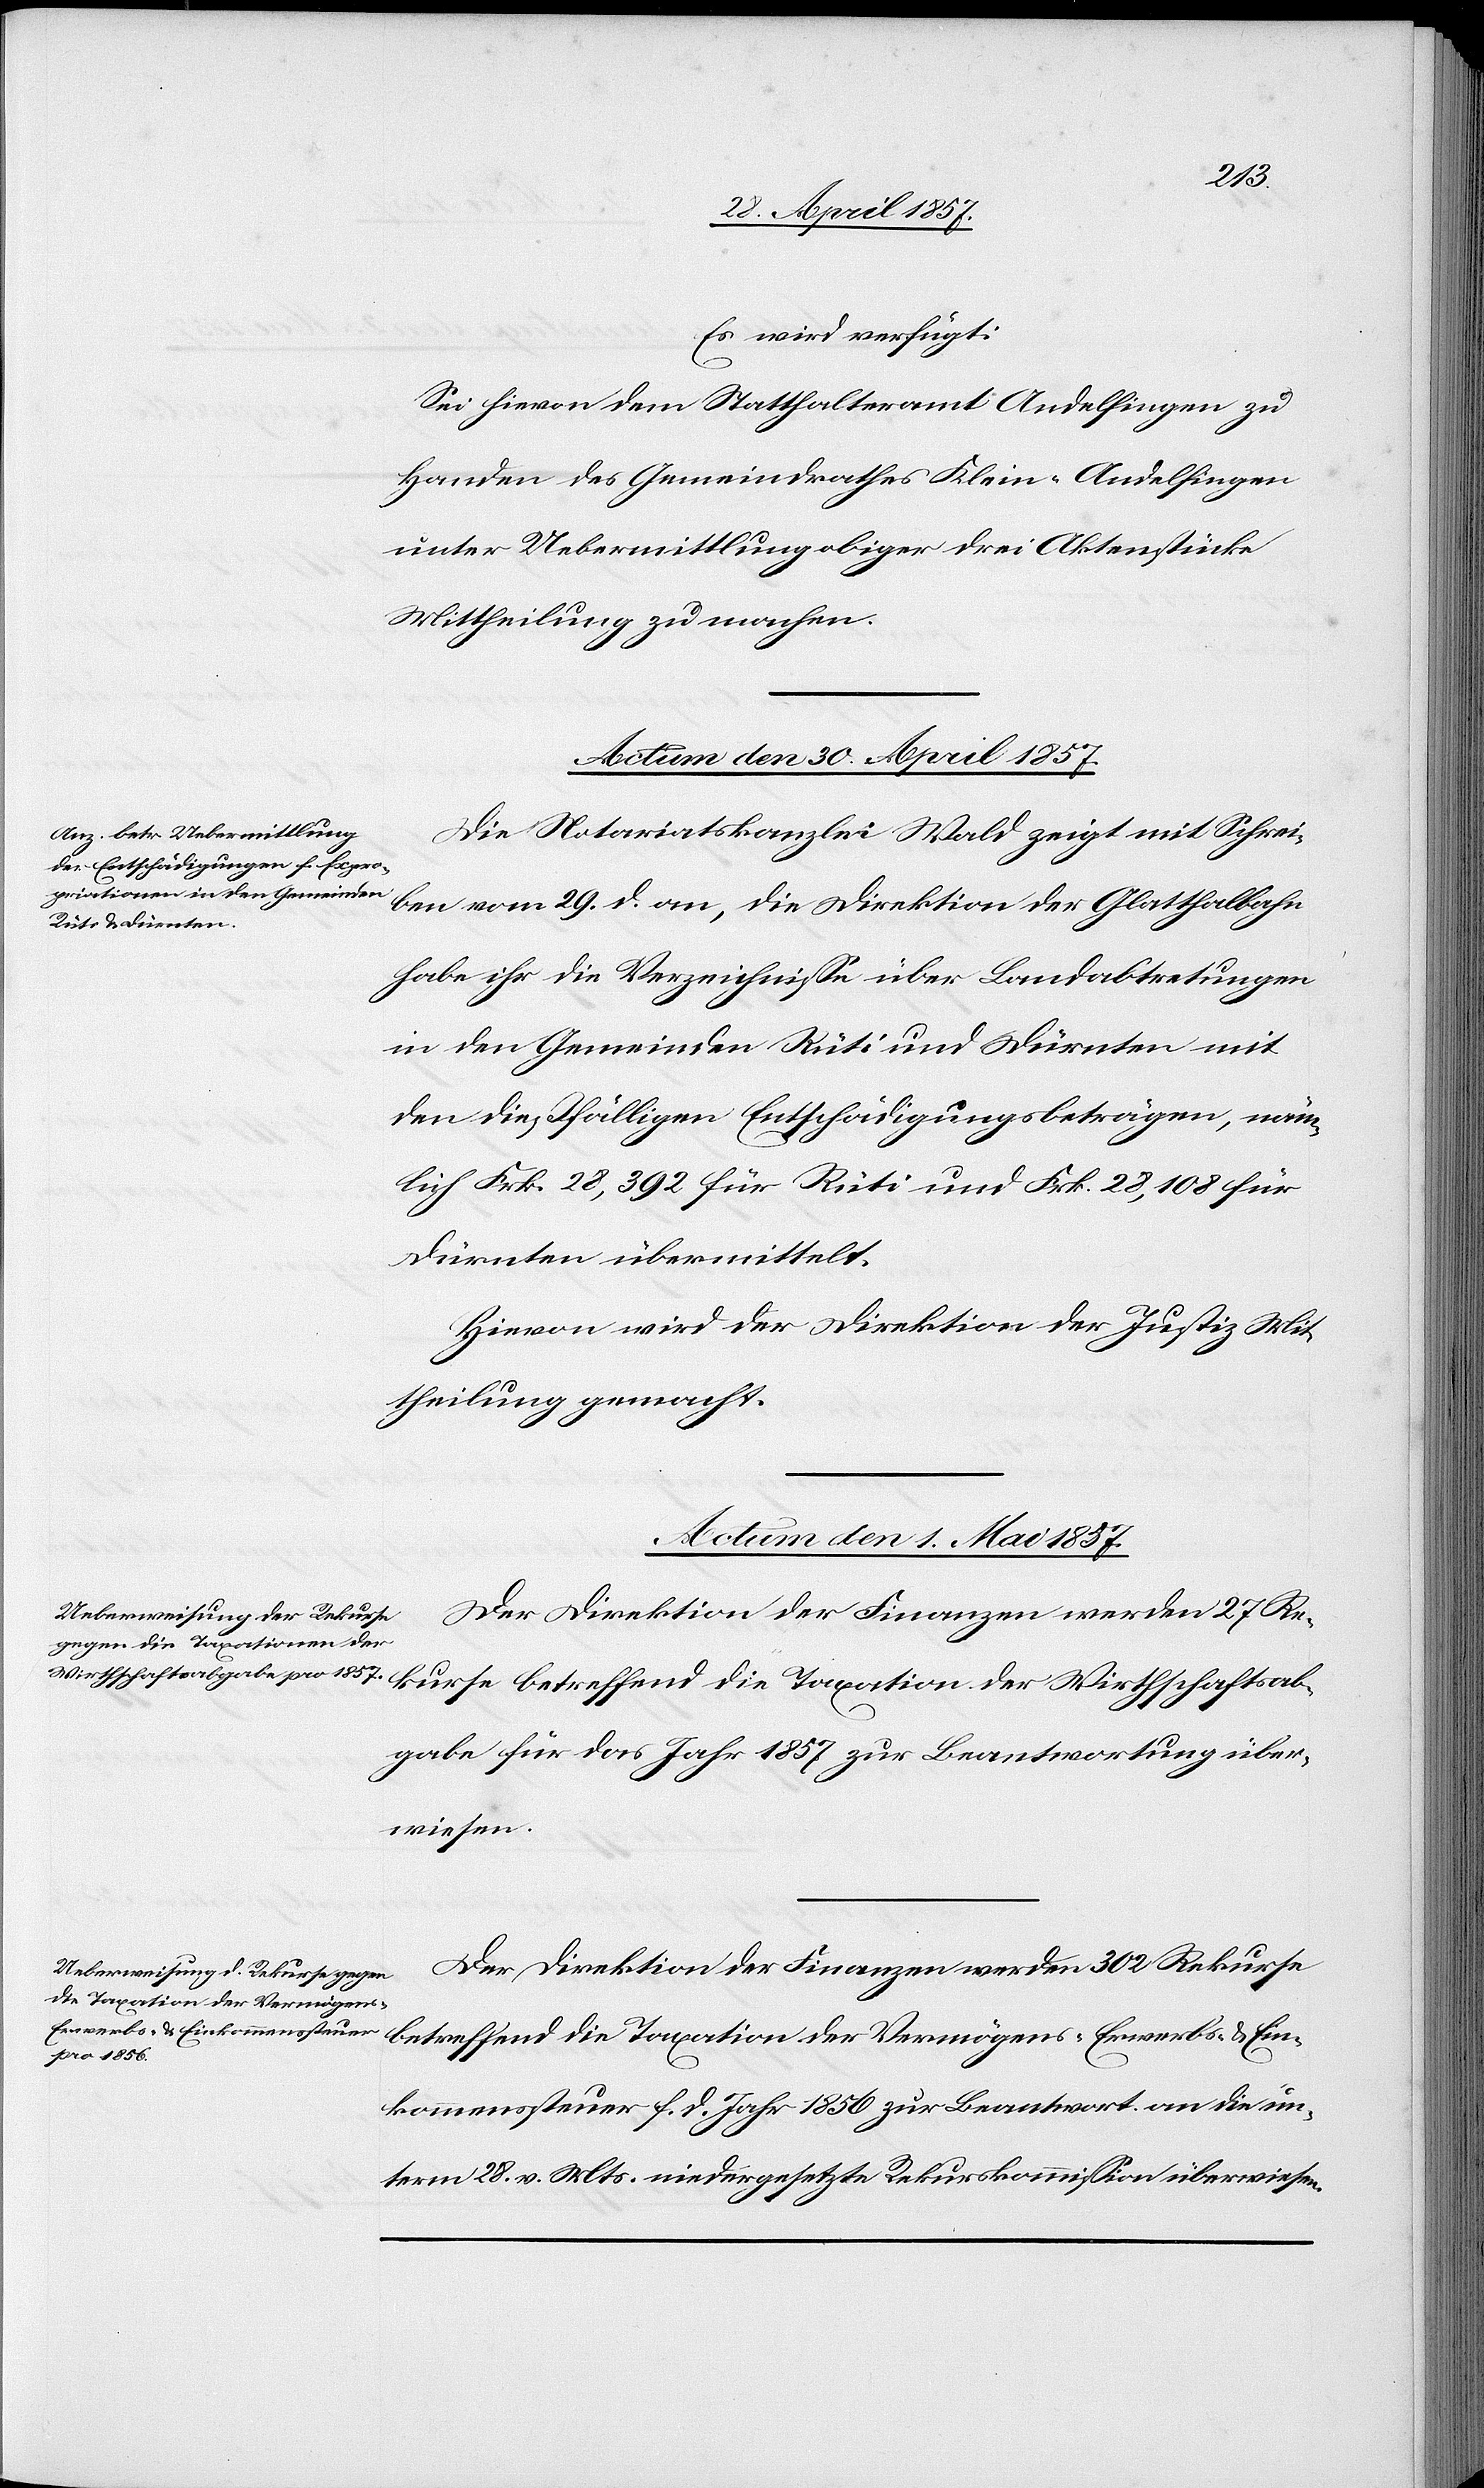
Es wird verfügt:
Sei hievon dem Statthalteramte Andelfingen zu
Handen des Gemeindrathes Klein-Andelfingen
unter Uebermittlung obiger drei Aktenstücke
Mittheilung zu machen.
Actum den 30 April 1857.
Die Notariatskanzlei Wald zeigt mit Schrei¬
ben vom 29 d. an, die Direktion der Glatthalbahn
habe ihr die Verzeichnisse über Landabtretungen
in den Gemeinden Rüti und Dürnten mit
den dießfälligen Entschädigungsbeträgen, näm¬
lich Frk. 28,392 für Rüti und Frk. 28,108 für
Dürnten übermittelt.
Hievon wird der Direktion der Justiz Mit¬
theilung gemacht.
Actum den 1 Mai 1857.]
Der Direktion der Finanzen werden 27 Re¬
kurse betreffend die Taxation der Wirthschaftsab¬
gabe für das Jahr 1857 zur Beantwortung über¬
wiesen.
Der Direktion der Finanzen werden 302 Rekurse
betreffend die Taxation der Vermögens- Erwerbs- & Ein¬
kommenssteuer f. d. Jahr 1856 zur Beantwort. an die un¬
term 28 v. Mts. niedergesetzte Rekurskommission überwiesen.